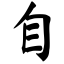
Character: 自